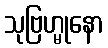
သုဗြဟ္မုနော